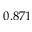
0 . 8 7 1